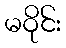
မဝိုင်း